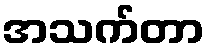
အသက်တာ